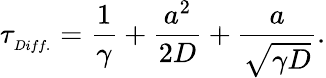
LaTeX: \tau_{_{Diff.}}=\frac{1}{\gamma}+\frac{a^{2}}{2D}+\frac{a}{\sqrt{\gamma D}}.